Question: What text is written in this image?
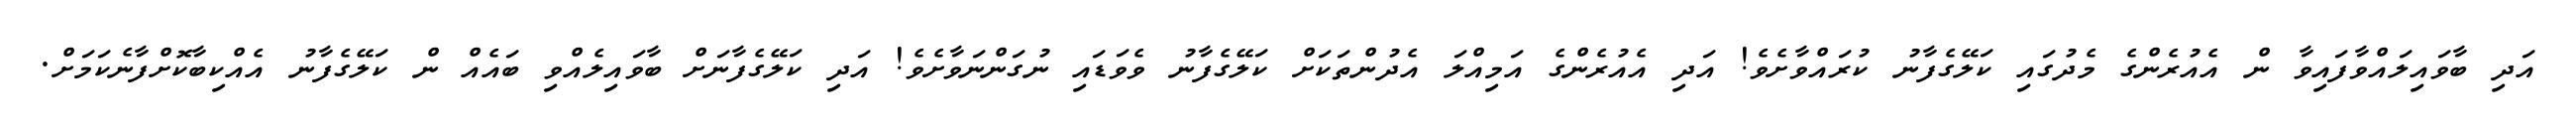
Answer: އަދި ބާވައިލައްވާފައިވާ ން އެއުރެންގެ މެދުގައި ކަލޭގެފާނު ކުރައްވާށެވެ! އަދި އެއުރެންގެ އަމިއްލަ އެދުންތަކަށް ކަލޭގެފާނު ވެވަޑައި ނުގަންނަވާށެވެ! އަދި ކަލޭގެފާނަށް ބާވައިލެއްވި ބައެއް ން ކަލޭގެފާނު އެއްކިބާކޮށްފާނެކަމަށް.